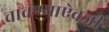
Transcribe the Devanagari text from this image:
चावण्याऐवजी